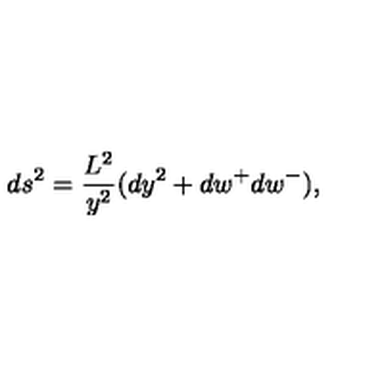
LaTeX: d s ^ { 2 } = \frac { L ^ { 2 } } { y ^ { 2 } } ( d y ^ { 2 } + d w ^ { + } d w ^ { - } ) ,